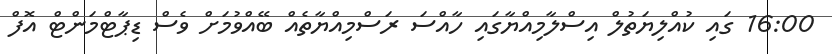
16:00 ގައި ކުއްލިޔަތުލް އިސްލާމިއްޔާގައި ހާއްސަ ރަސްމިއްޔާތެއް ބޭއްވުމަށް ވެސް ޑިޕާޓްމަންޓް އޮފް